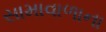
સામાવાળાના